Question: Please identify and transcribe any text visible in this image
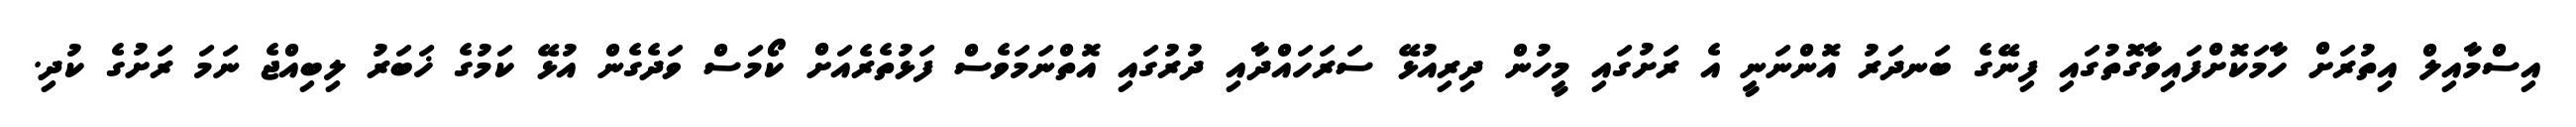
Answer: އިސްމާއިލް އިތުރަށް ހާމަކޮށްފައިވާގޮތުގައި ފިނޭގެ ބަނދަރު އޮންނަނީ އެ ރަށުގައި މީހުން ދިރިއުޅޭ ސަރަހައްދާއި ދުރުގައި އޮތްނަމަވެސް ފަޅުތެރެއަށް ކޯމަސް ވަދެގެން އުޅޭ ކަމުގެ ޚަބަރު ލިބިއްޖެ ނަމަ ރަށުގެ ކުދި.